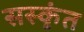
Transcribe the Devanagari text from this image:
सस्कृंत